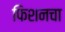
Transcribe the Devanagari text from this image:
फिशनचा